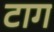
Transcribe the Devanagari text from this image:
टाग